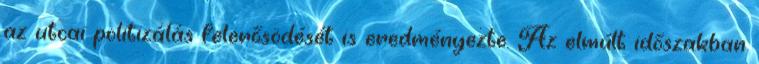
az utcai politizálás felerősödését is eredményezte. Az elmúlt időszakban